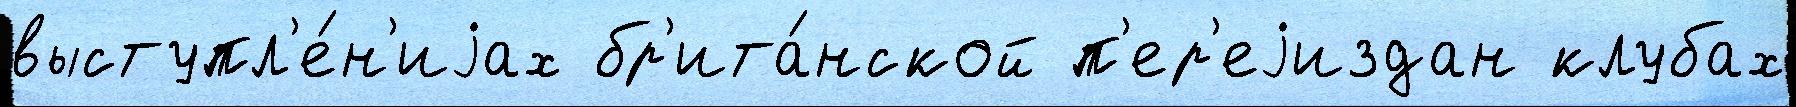
выступл'е́н'иjах бр'ита́нской п'ер'еjиздан клубах